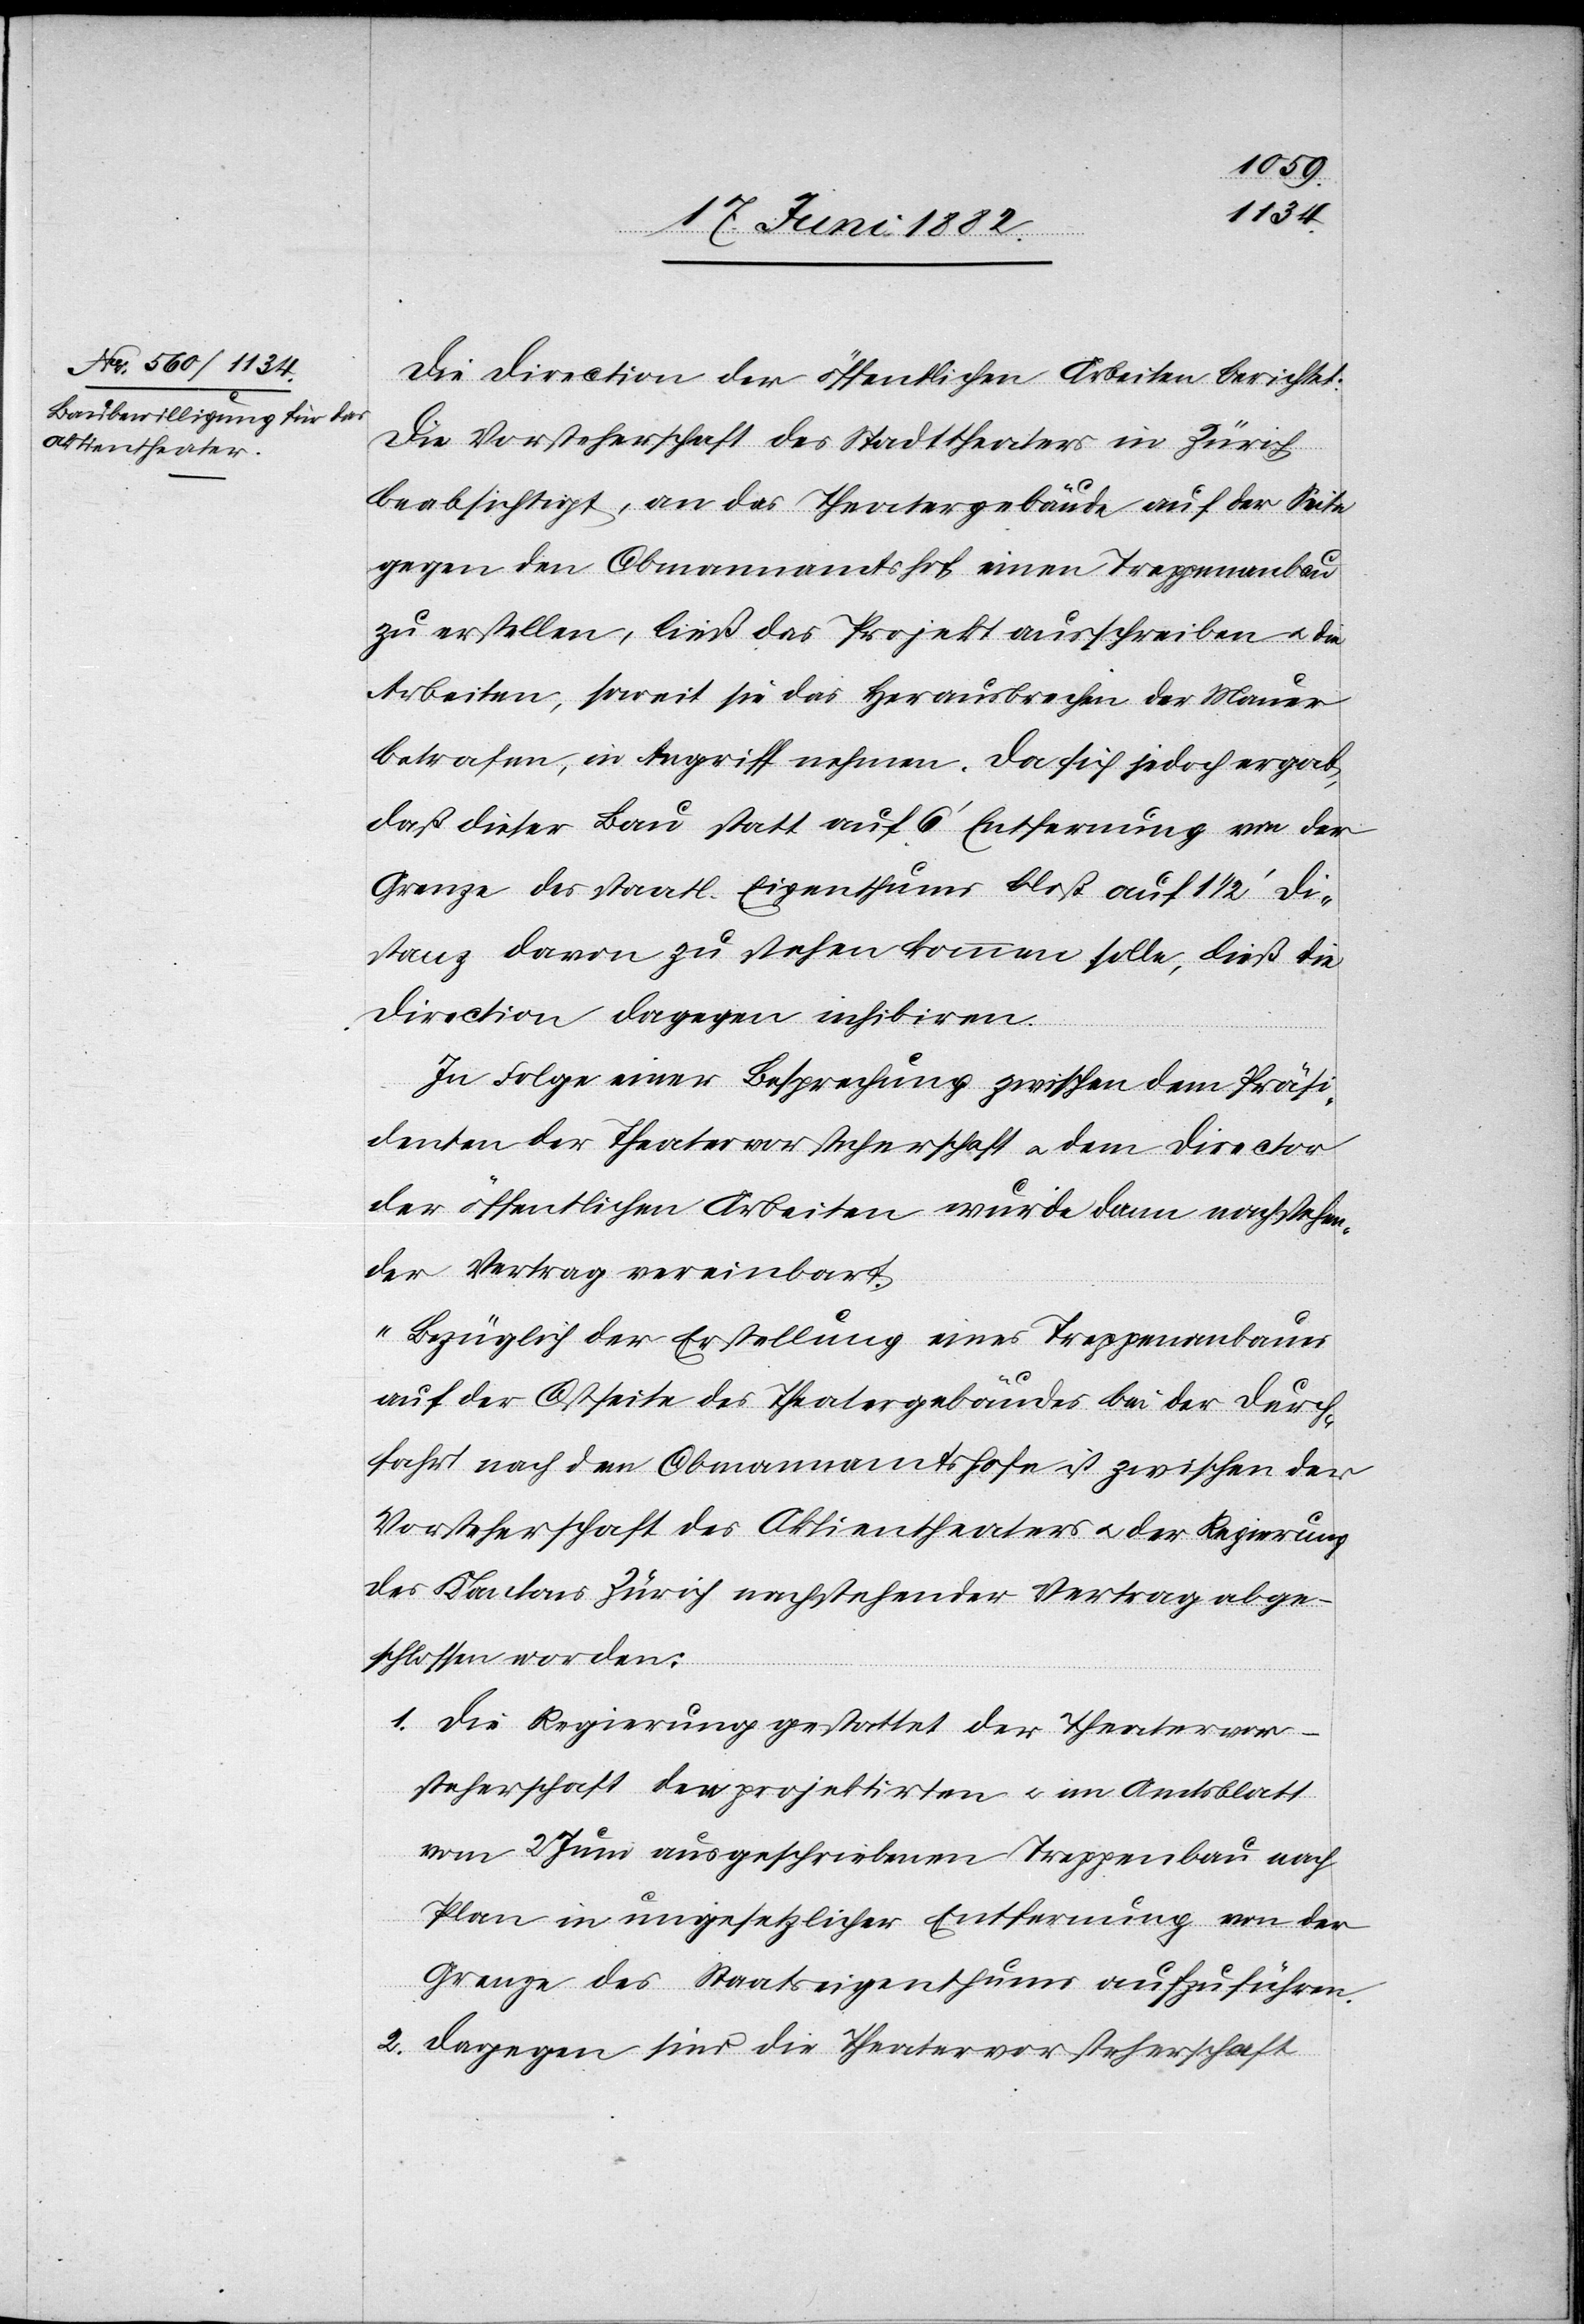
22. Juni 1882.]
Die Direction der öffentlichen Arbeiten berichtet:
Die Vorsteherschaft des Stadttheaters in Zürich
beabsichtigt, an das Theatergebäude auf der Seite
gegen den Obmannamtshof einen Treppenanbau
zu erstellen, ließ das Projekt ausschreiben u. die
Arbeiten, soweit sie das Herausbrechen der Mauer
betrafen, in Angriff nehmen. Da sich jedoch ergab,
daß dieser Bau statt auf 6’ Entfernung von der
Grenze des staatl. Eigenthums bloß auf 1 1/2’ Di¬
stanz davon zu stehen kommen solle, ließ die
Direction dagegen inhibiren.
In Folge einer Besprechung zwischen dem Präsi¬
denten der Theatervorsteherschaft u. dem Direction
der öffentlichen Arbeiten wurde dann nachstehen¬
der Vertrag vereinbart:
„Bezüglich der Erstellung eines Treppenanbaues
auf der Ostseite des Theatergebäudes bei der Durch¬
fahrt nach dem Obmannamtshofe ist zwischen der
Vorsteherschaft des Aktientheaters u. der Regierung
des Kantons Zürich nachstehender Vertrag abge¬
schlossen worden:
1. Die Regierung gestattet der Theatervor¬
steherschaft den projektirten u. im Amtsblatt
vom 2. Juni ausgeschriebenen Treppenbau nach
Plan in ungesetzlicher Entfernung von der
Grenze des Staatseigenthums aufzuführen.
2. Dagegen sind die Theatervorsteherschaft